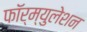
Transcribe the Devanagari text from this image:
फॉर्म्युलेशन